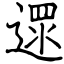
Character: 遝